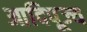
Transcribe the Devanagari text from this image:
आदिपूज्य